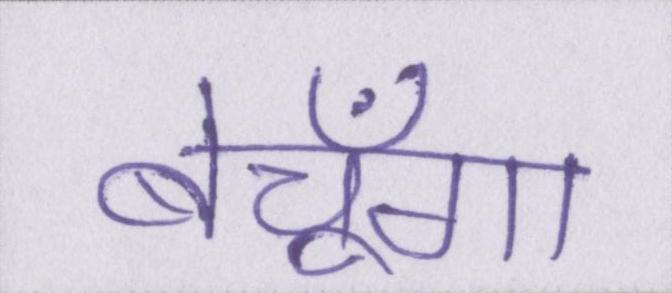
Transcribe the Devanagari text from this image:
बेचूँगा